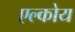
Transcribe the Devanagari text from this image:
एल्कोय